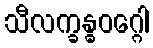
သီလက္ခန္ဓဝဂ္ဂေါ